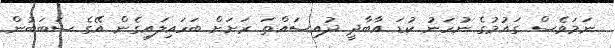
ނަމަވެސް ގައުމުގެ ނުހަނު ކުޑަ އާބާދީ ދުއިސައްތަ ރަށަށް ބަހައިލައިގެން އޭގެ ސަބަބުން